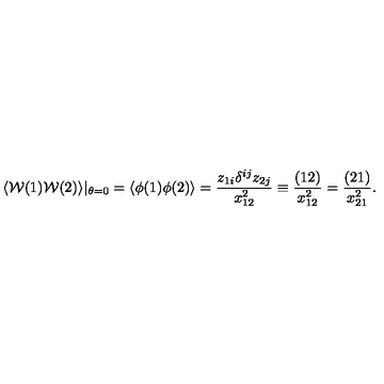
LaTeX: \langle { \cal W } ( 1 ) { \cal W } ( 2 ) \rangle | _ { \theta = 0 } = \langle \phi ( 1 ) \phi ( 2 ) \rangle = \frac { z _ { 1 i } \delta ^ { i j } z _ { 2 j } } { x _ { 1 2 } ^ { 2 } } \equiv \frac { ( 1 2 ) } { x _ { 1 2 } ^ { 2 } } = \frac { ( 2 1 ) } { x _ { 2 1 } ^ { 2 } } .